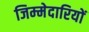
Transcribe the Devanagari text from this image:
जिम्‍मेदारियों